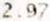
2.97